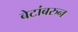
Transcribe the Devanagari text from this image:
बेटांबरुन